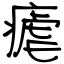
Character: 瘧